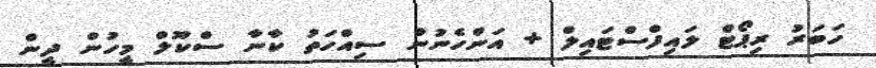
ހަބަރު ރިޕޯޓް ލައިފްސްޓައިލް + އަންހެނުން ސިއްހަތު ކާނާ ސްކޫލް މީހުން ދީން